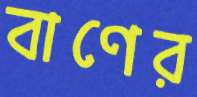
বাণের